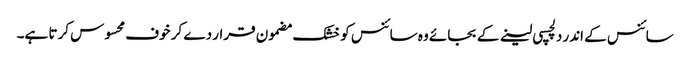
سائنس کے اندر دلچسپی لینے کے بجائے وہ سائنس کو خشک مضمون قرار دے کر خوف محسوس کرتا ہے۔